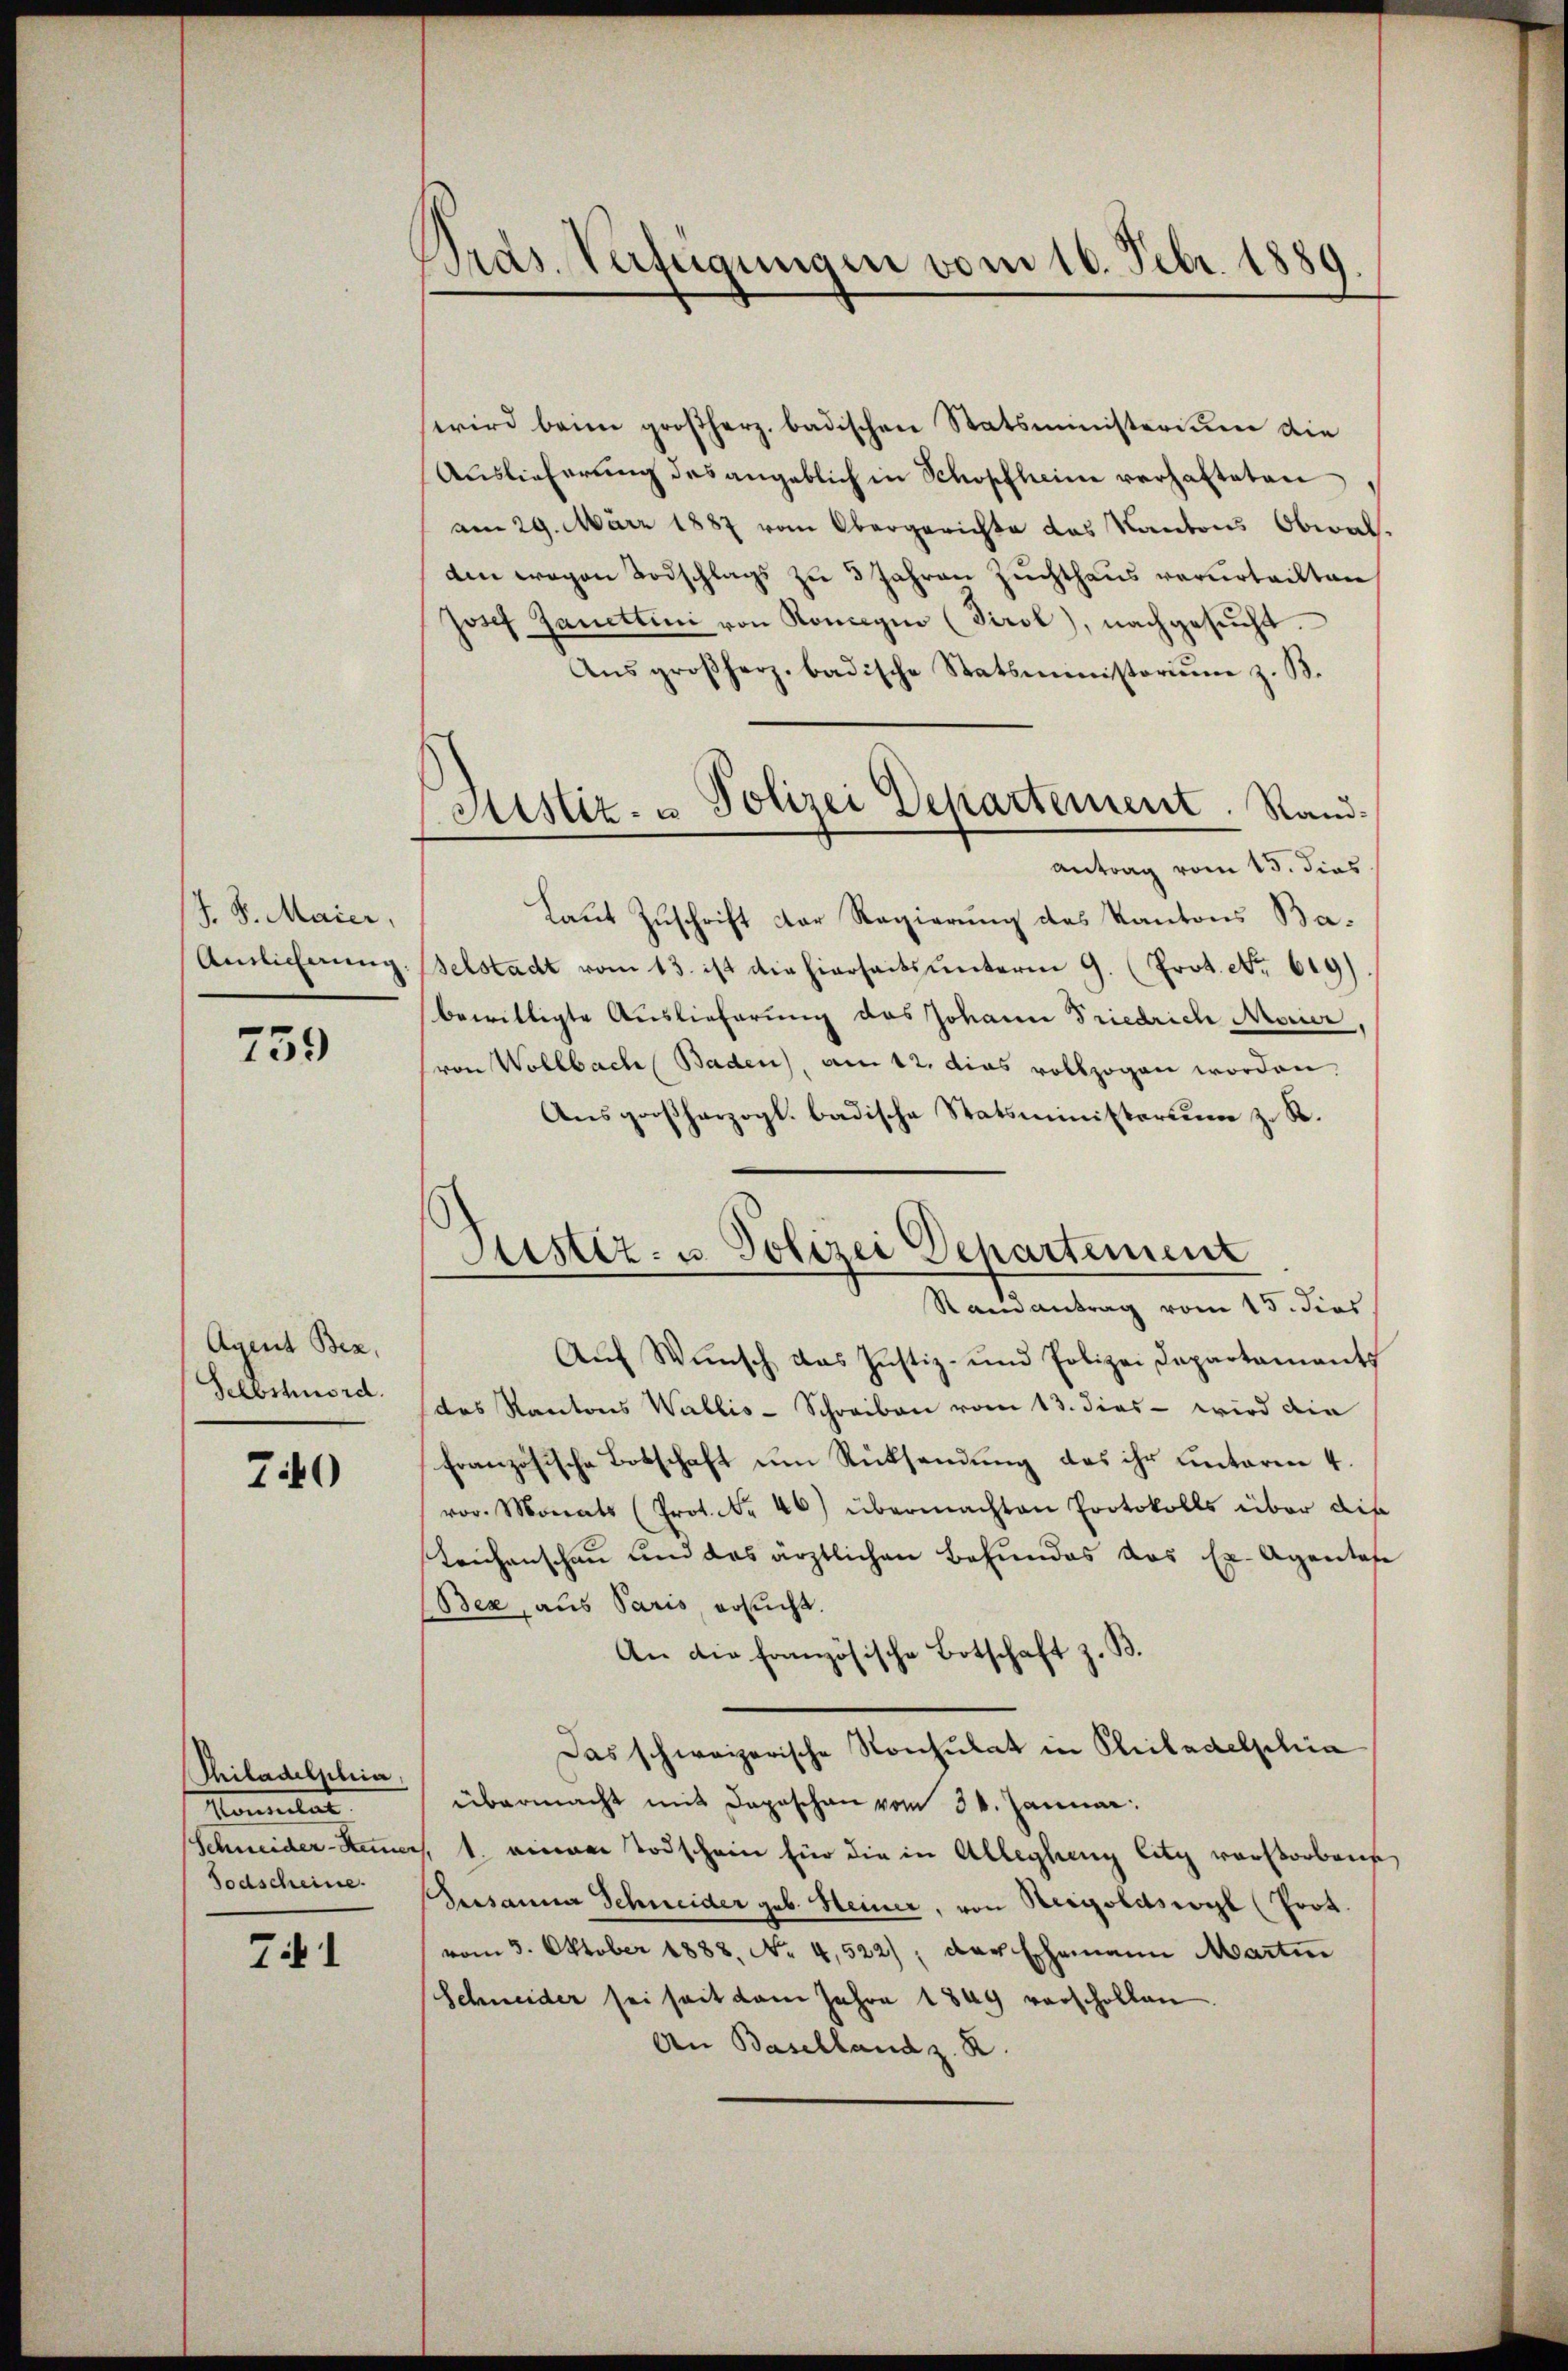
J. J. Maier,
Antlicherung

759

Agent Bez
Selbschnörd

740

Thiladelphia,
Monitat.
Schneider-Steuer
Todscheine.

71

Pras. Verfügungen vom 16. Febr. 1889

wird beim großherz. badischen Statsministerium die
Auslieferung des angeblich in Schopfheim verhalteten
am 29. März 1887 vom Obergerichte das Kantons Obwalden wegen Todschlags zu 3 Jahren Zuchthaus verurteilten
Josef Zanettini von Koncegno (Tirol), nachgesucht.
Aŭsgroßherz. badische Statsministoriŭm z. B.
antrag vom 15. dies
Laut Zuschrift der Regierung des Kantons Baselstadt vom 13. ist die hierseits unterm 9. (Prot. No. 619)
bewilligte Auslieferung des Johann Friedrich Marier,
(von Wollbach Baden), am 12. dies vollzogen worden,
Ausgroßherzogl. badische Statsministerium z. R.
Ramantrag vom 15. dies
Aŭf Wŭnsch das Justiz- und Polizei Departaments
des Kantons Wallis-Schreiben vom 13. dies - wird die
französische Botschaft um Rücksendung das ihr unterm 4.
vor. Monats (Prot. Nr. 46) übermachten Protokolls über die
Leichenschau und das ärztlichen Befundes das Ex- Agentafe
Bex, aus Paris ersucht.
An die französische Botschaft z. B.
Das schweizerische Konsulat in Philadelphia
übermacht mit Daposchen vom 30. Januar:
 1. einem Todschein für die in Alleglung litz verstorbens
Gersanna Schneider geb. Heiner, von Neigoldswyl (Prot.
vom 5. Oktober 1888. No 4,522), der Ehemann Martin
Schneider sei seit dem Jahre 1849 verschollen.
An Baschland z. B.

Ristiz- u Polizei Departement. Rand¬

Justiz- u. Polizei Departement